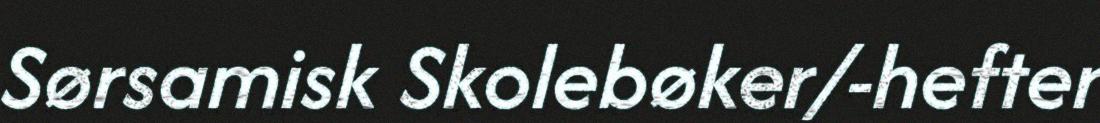
Sørsamisk Skolebøker/-hefter